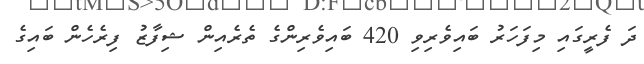
ދަ ފެރީގައި މިފަހަރު ބައިވެރިވި 420 ބައިވެރިންގެ ތެރެއިން ޝިފާޒު ފިރެހެން ބައިގެ